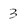
Character: 3